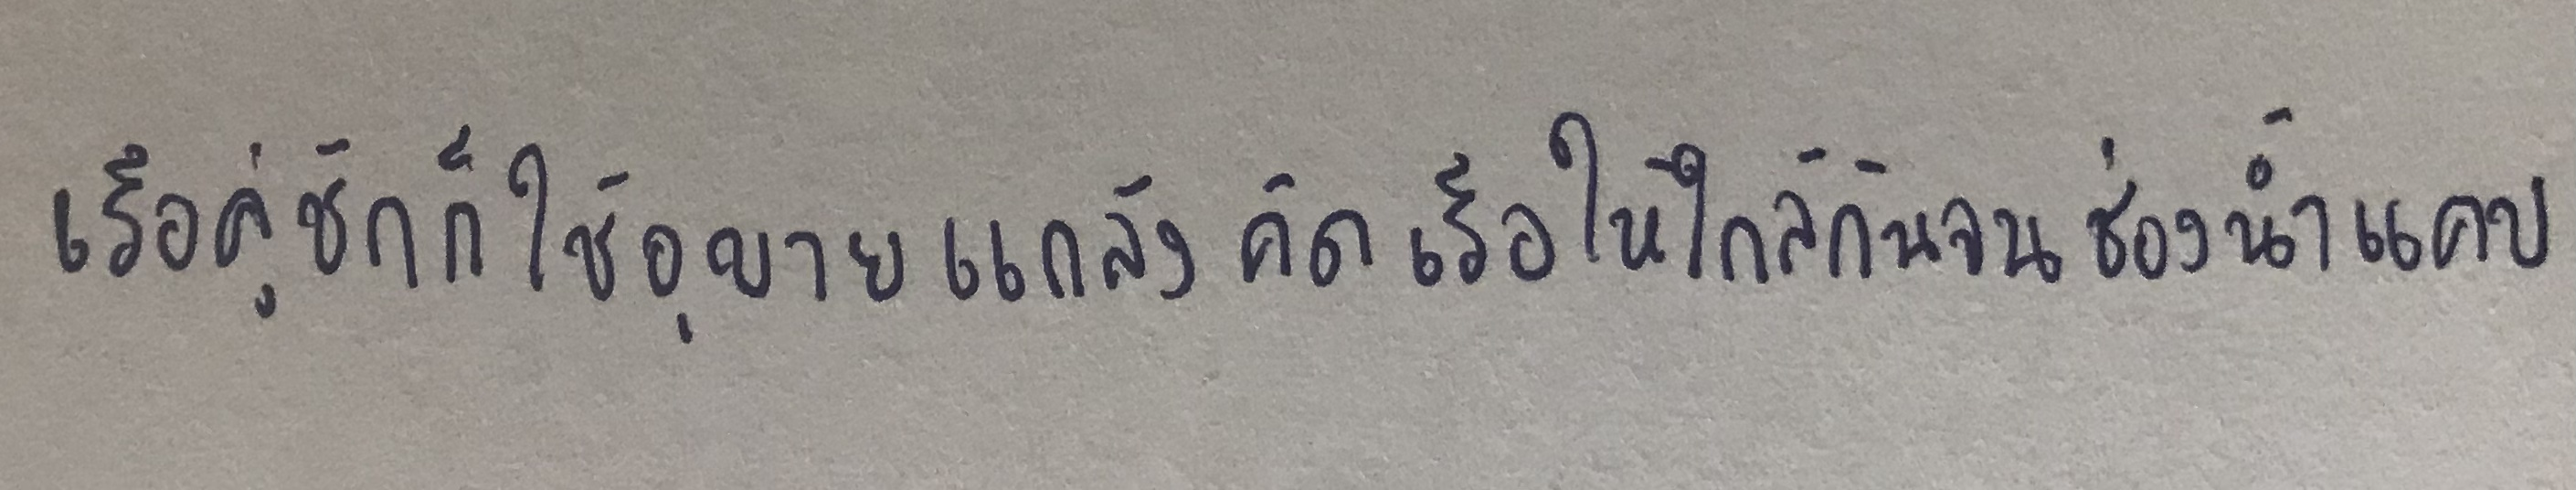
เรือคู่ชักก็ใช้อุบายแกล้งคัดเรือให้ใกล้กันจนช่องน้ำแคบ